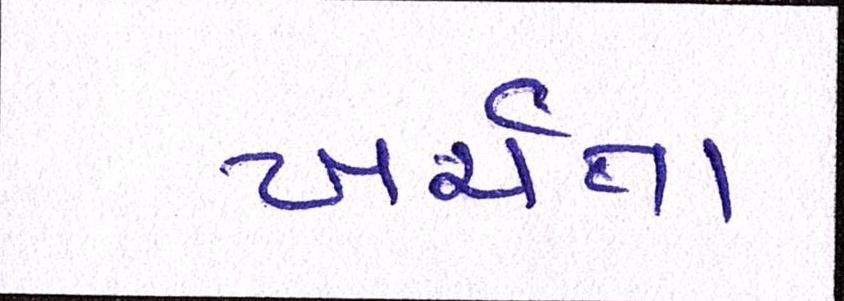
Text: ખર્ચતા